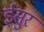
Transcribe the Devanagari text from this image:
ईसुर